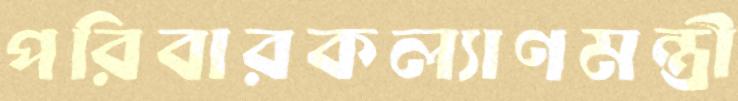
পরিবারকল্যাণমন্ত্রী